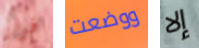
فرار ووضعت إلا